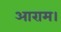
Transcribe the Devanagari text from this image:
आराम।